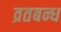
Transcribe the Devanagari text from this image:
व्रतबन्ध